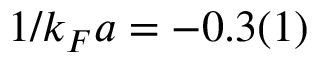
1 / k _ { F } a = - 0 . 3 ( 1 )